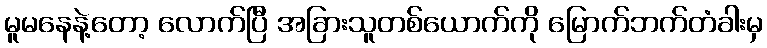
မူမနေနဲ့တော့ လောက်ပြီ အခြားသူတစ်ယောက်ကို မြောက်ဘက်တံခါးမှ